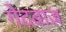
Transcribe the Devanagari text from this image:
गेदबाज़